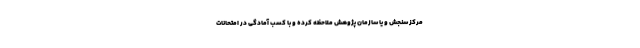
مرکز سنجش و یا سازمان پژوهش ملاحظه کرده و با کسب آمادگی در امتحانات